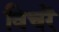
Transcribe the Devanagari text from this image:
विचरें